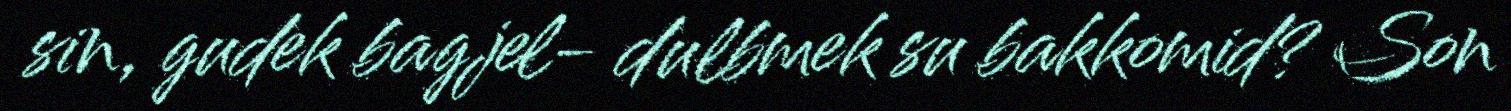
sin, gudek bagjel- dulbmek su bakkomid? Son